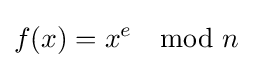
f(x)=x^{e}\mod n